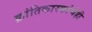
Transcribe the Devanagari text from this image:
क्रांतिकारकांचेही